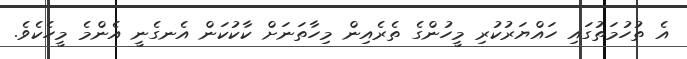
އެ ތުހުމަތުގައި ހައްޔަރުކުރި މީހުންގެ ތެރެއިން މިހާތަނަށް ކާކުކަން އެނގެނީ އެންމެ މީހެކެވެ.